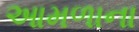
આમળાના